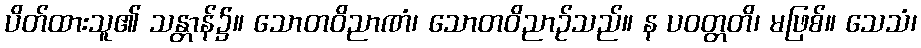
ပိတ်ထားသူ၏ သန္တာန်၌။ သောတဝိညာဏံ၊ သောတဝိညာဉ်သည်။ န ပဝတ္တတိ၊ မဖြစ်။ သေသံ၊